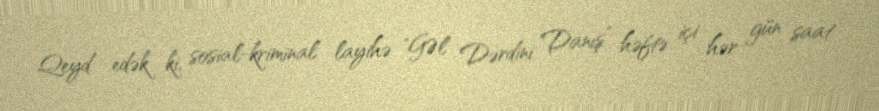
Qeyd edək ki, sosial-kriminal layihə "GƏl Dərdini Danış” həftə içi hər gün saat